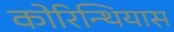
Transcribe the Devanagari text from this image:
कोरिन्थियास